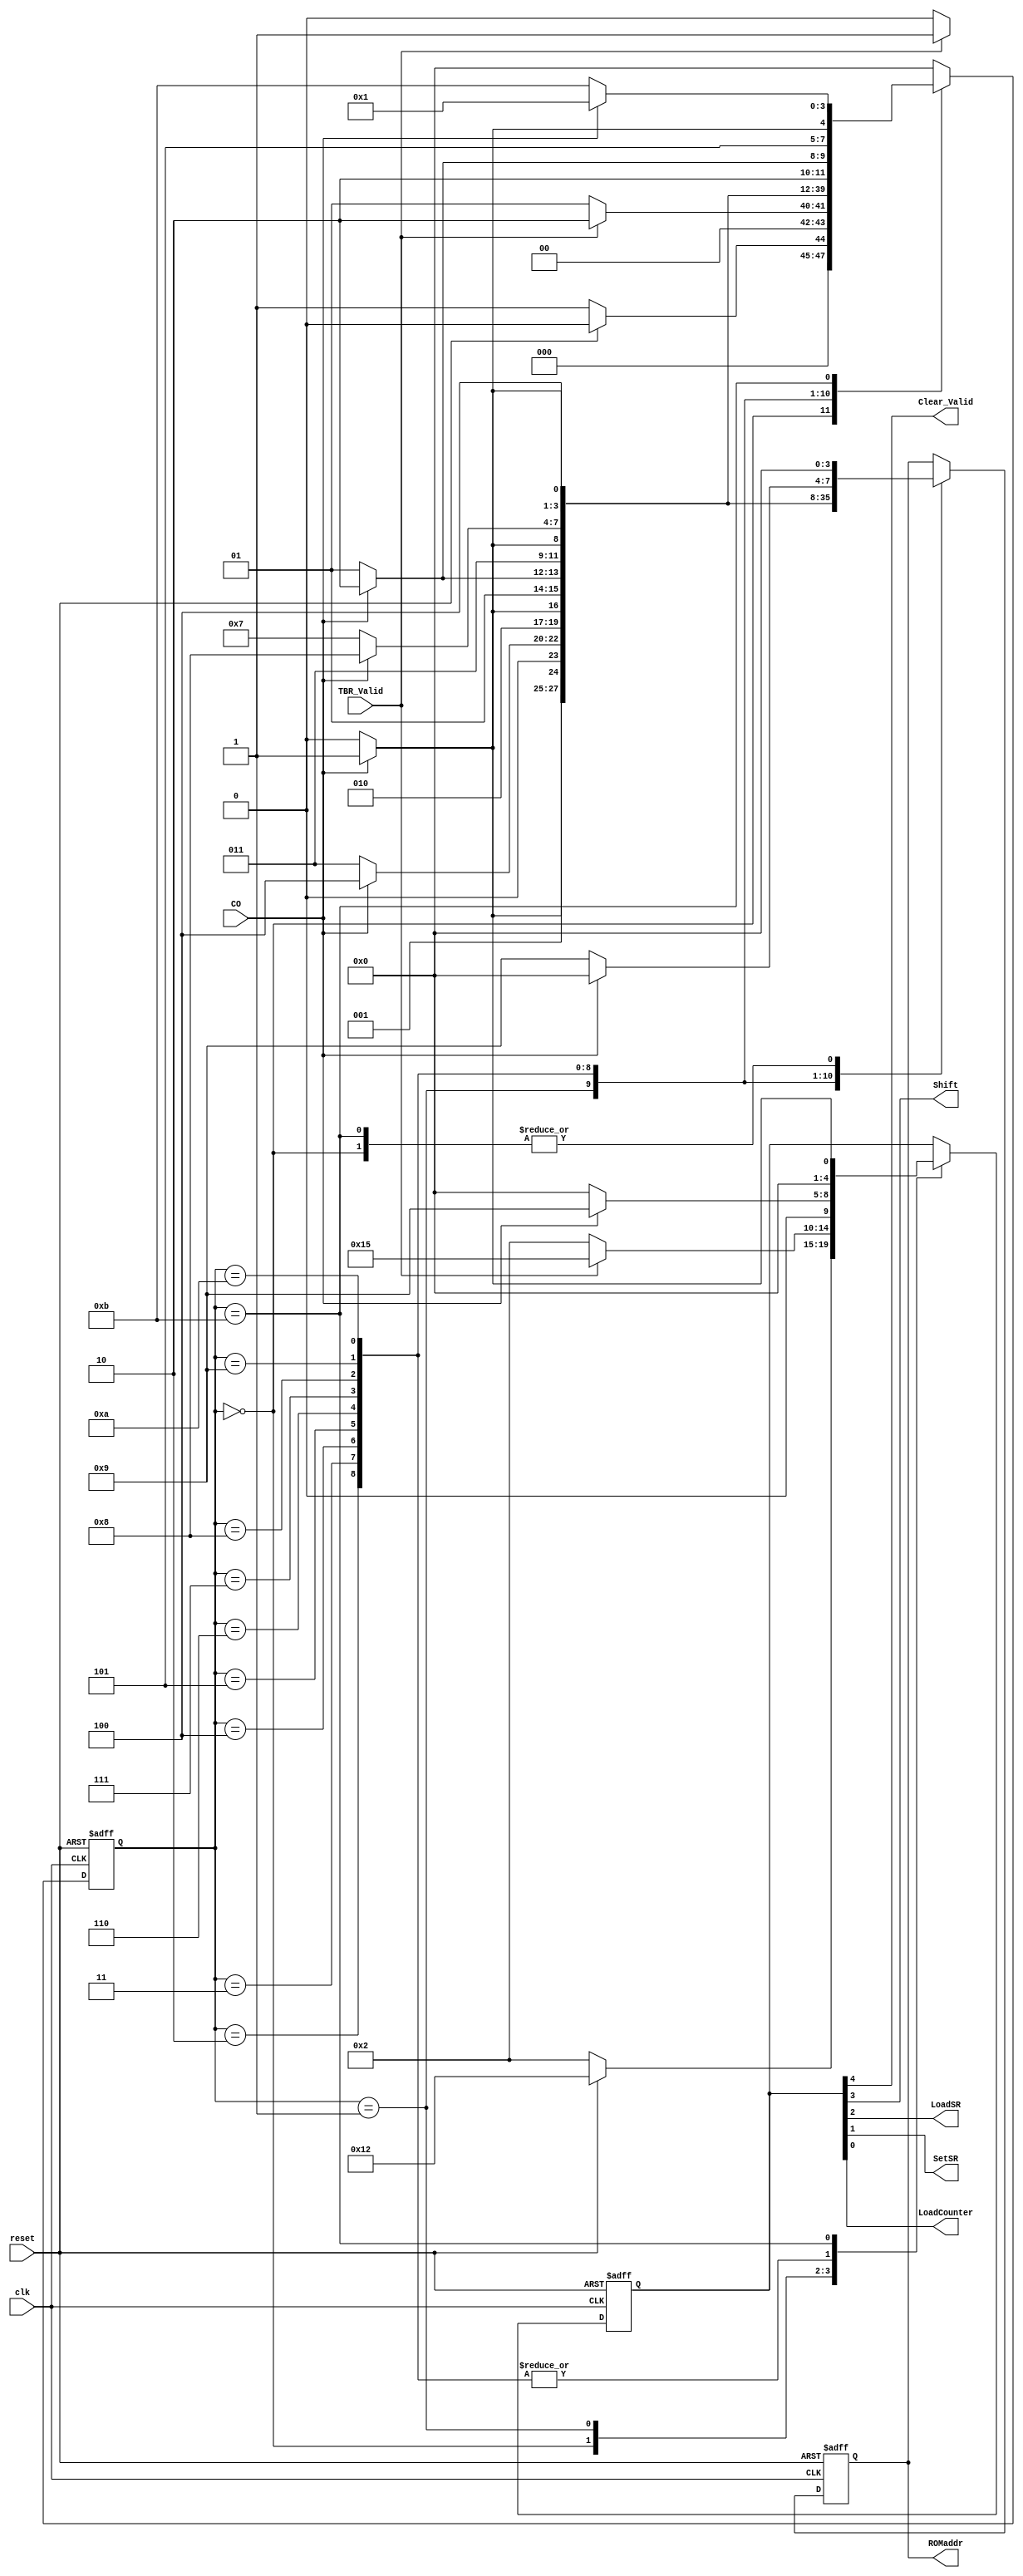
module UART_TrFSM_top(
   input  wire       clk, 
   input  wire       reset,
   input  wire       TBR_Valid,
   input  wire       CO,
   output wire       Clear_Valid,
   output wire       Shift,
   output wire       LoadSR,
   output wire       SetSR,
   output wire       LoadCounter,
   output reg  [3:0] ROMaddr
);

   parameter RST = 4'b0000;
   parameter IDLE = 4'b0001;
   parameter START = 4'b0010;
   parameter D0 = 4'b0011;
   parameter D1 = 4'b0100;
   parameter D2 = 4'b0101;
   parameter D3 = 4'b0110;
   parameter D4 = 4'b0111;
   parameter D5 = 4'b1000;
   parameter D6 = 4'b1001;
   parameter D7 = 4'b1010;
   parameter STOP = 4'b1011;   

   reg [3:0] 	state;
   reg [4:0] 	out;
 
   assign {Clear_Valid,Shift,LoadSR,SetSR,LoadCounter} = out;
   
   
  always@ (posedge clk or posedge reset) begin
     if(reset)begin
	state   <= RST;
        out     <= 5'b00000;
        ROMaddr <= 4'b0000;
     end
     else
	case(state)
	  RST : begin
	      if(reset)begin
	       {state,out,ROMaddr} <= {RST,5'b10010,4'd0};
	      end else begin
		 {state,out,ROMaddr} <= {IDLE,5'b00010,4'd0};
	      end
	   end
	  
	  IDLE : begin
	     if(TBR_Valid) begin
		{state,out,ROMaddr} <= {START,5'b10101,4'd1};
	     end else begin
		{state,out,ROMaddr} <= {IDLE,5'b00010,4'd0};
	     end
	  end
	  START : begin
	     if(CO) begin
	       {state,out,ROMaddr} <= {D0,5'b01001,4'd2};
	     end else begin
		{state,out,ROMaddr} <= {START,5'b00000,4'd1};
	     end
	  end
	  D0 : begin
	     if(CO) begin
		{state,out,ROMaddr} <= {D1,5'b01001,4'd3};
	     end else begin
		{state,out,ROMaddr} <= {D0,5'b00000,4'd2};
	     end
	  end
	  D1 : begin
	     if(CO) begin
		{state,out,ROMaddr} <= {D2,5'b01001,4'd4};
             end else begin
                {state,out,ROMaddr} <= {D1,5'b00000,4'd3};
             end
          end
	  D2 : begin
	     if(CO) begin
                {state,out,ROMaddr} <= {D3,5'b01001,4'd5};
             end else begin
                {state,out,ROMaddr} <= {D2,5'b00000,4'd4};
             end
          end
	  D3 : begin
	     if(CO) begin
                {state,out,ROMaddr} <= {D4,5'b01001,4'd6};
             end else begin
                {state,out,ROMaddr} <= {D3,5'b00000,4'd5};
             end
          end
	  D4 : begin
	     if(CO) begin
                {state,out,ROMaddr} <= {D5,5'b01001,4'd7};
             end else begin
                {state,out,ROMaddr} <= {D4,5'b00000,4'd6};
             end
          end
	  D5 : begin
	     if(CO) begin
                {state,out,ROMaddr} <= {D6,5'b01001,4'd8};
             end else begin
                {state,out,ROMaddr} <= {D5,5'b00000,4'd7};
             end
          end
	  D6 : begin
	     if(CO) begin
                {state,out,ROMaddr} <= {D7,5'b01001,4'd9};
             end else begin
                {state,out,ROMaddr} <= {D6,5'b00000,4'd8};
             end
          end
	  D7 : begin
	     if(CO) begin
                {state,out,ROMaddr} <= {STOP,5'b01001,4'd0};
             end else begin
                {state,out,ROMaddr} <= {D7,5'b00000,4'd9};
             end
          end
	    STOP : begin
             if(CO) begin
                {state,out,ROMaddr} <= {IDLE,5'b00001,4'd0};
             end else begin
                {state,out,ROMaddr} <= {STOP,5'b00000,4'd0};
             end
            end

	  default : state <= RST;
	  
	endcase
  end // always
   

  endmodule // UART_TrFSM_top